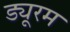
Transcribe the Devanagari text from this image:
ड्यूरम